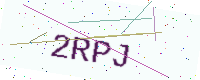
Text: 2RPJ